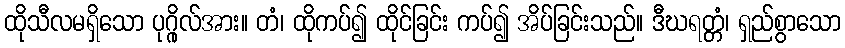
ထိုသီလမရှိသော ပုဂ္ဂိုလ်အား။ တံ၊ ထိုကပ်၍ ထိုင်ခြင်း ကပ်၍ အိပ်ခြင်းသည်။ ဒီဃရတ္တံ၊ ရှည်စွာသော